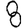
Digit: 8